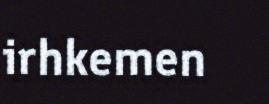
irhkemen